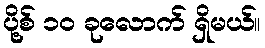
ပို့စ် ၁၀ ခုလောက် ရှိမယ်။